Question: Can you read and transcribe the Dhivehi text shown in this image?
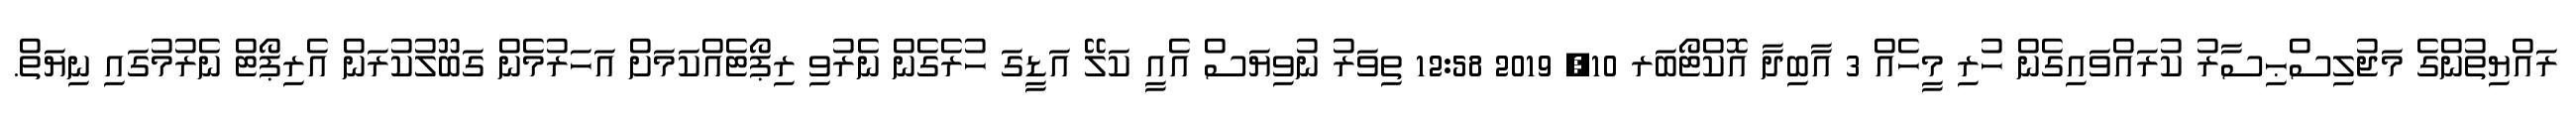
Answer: ރައްޔިތުންގެ މަޖުލިސްޙިސާރު ކުރައްވައިގެން ހުރި މީހެއް 3 އާބިދާ އޮކްޓޯބަރ 10, 2019 12:58 ތިވަރު ނުވިޔަސް އެއީ ކަލޭ އަޑީގަ ހުރެގެން ނެރުވި ރިޕޯޓެއްކަމަށް އަހަރުމެން ގަބޫލުކުރަން އެރިޕޯޓް ނެރުމުގައި ނިޔަތް.